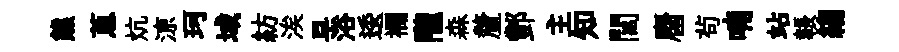
熊蔥炕鿌珂域紡涘早浴逶襴隴森釐酆主知閭麕茍喃站韔縐